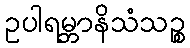
ဥပါရမ္ဘာနိသံသဉ္စ